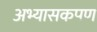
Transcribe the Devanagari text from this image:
अभ्यासकपण